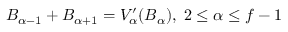
B _ { \alpha - 1 } + B _ { \alpha + 1 } = V _ { \alpha } ^ { \prime } ( B _ { \alpha } ) , \; 2 \leq \alpha \leq f - 1